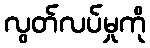
လွတ်လပ်မှုကို